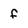
Character: f